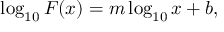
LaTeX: \log _ { 1 0 } F ( x ) = m \log _ { 1 0 } x + b ,